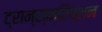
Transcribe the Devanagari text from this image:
ट्रान्स्क्रिप्शन